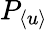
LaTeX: P_{\langle u\rangle}